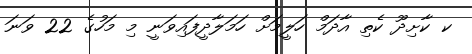
ކ ކާށިދޫ ކެތި އާދަމް ހަލީމަށް ހަމަލާދީފައިވަނީ މި މަހުގެ 22 ވަނަ